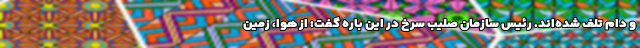
و دام تلف شده‌اند. رئیس سازمان صلیب سرخ در این باره گفت: از هوا، زمین